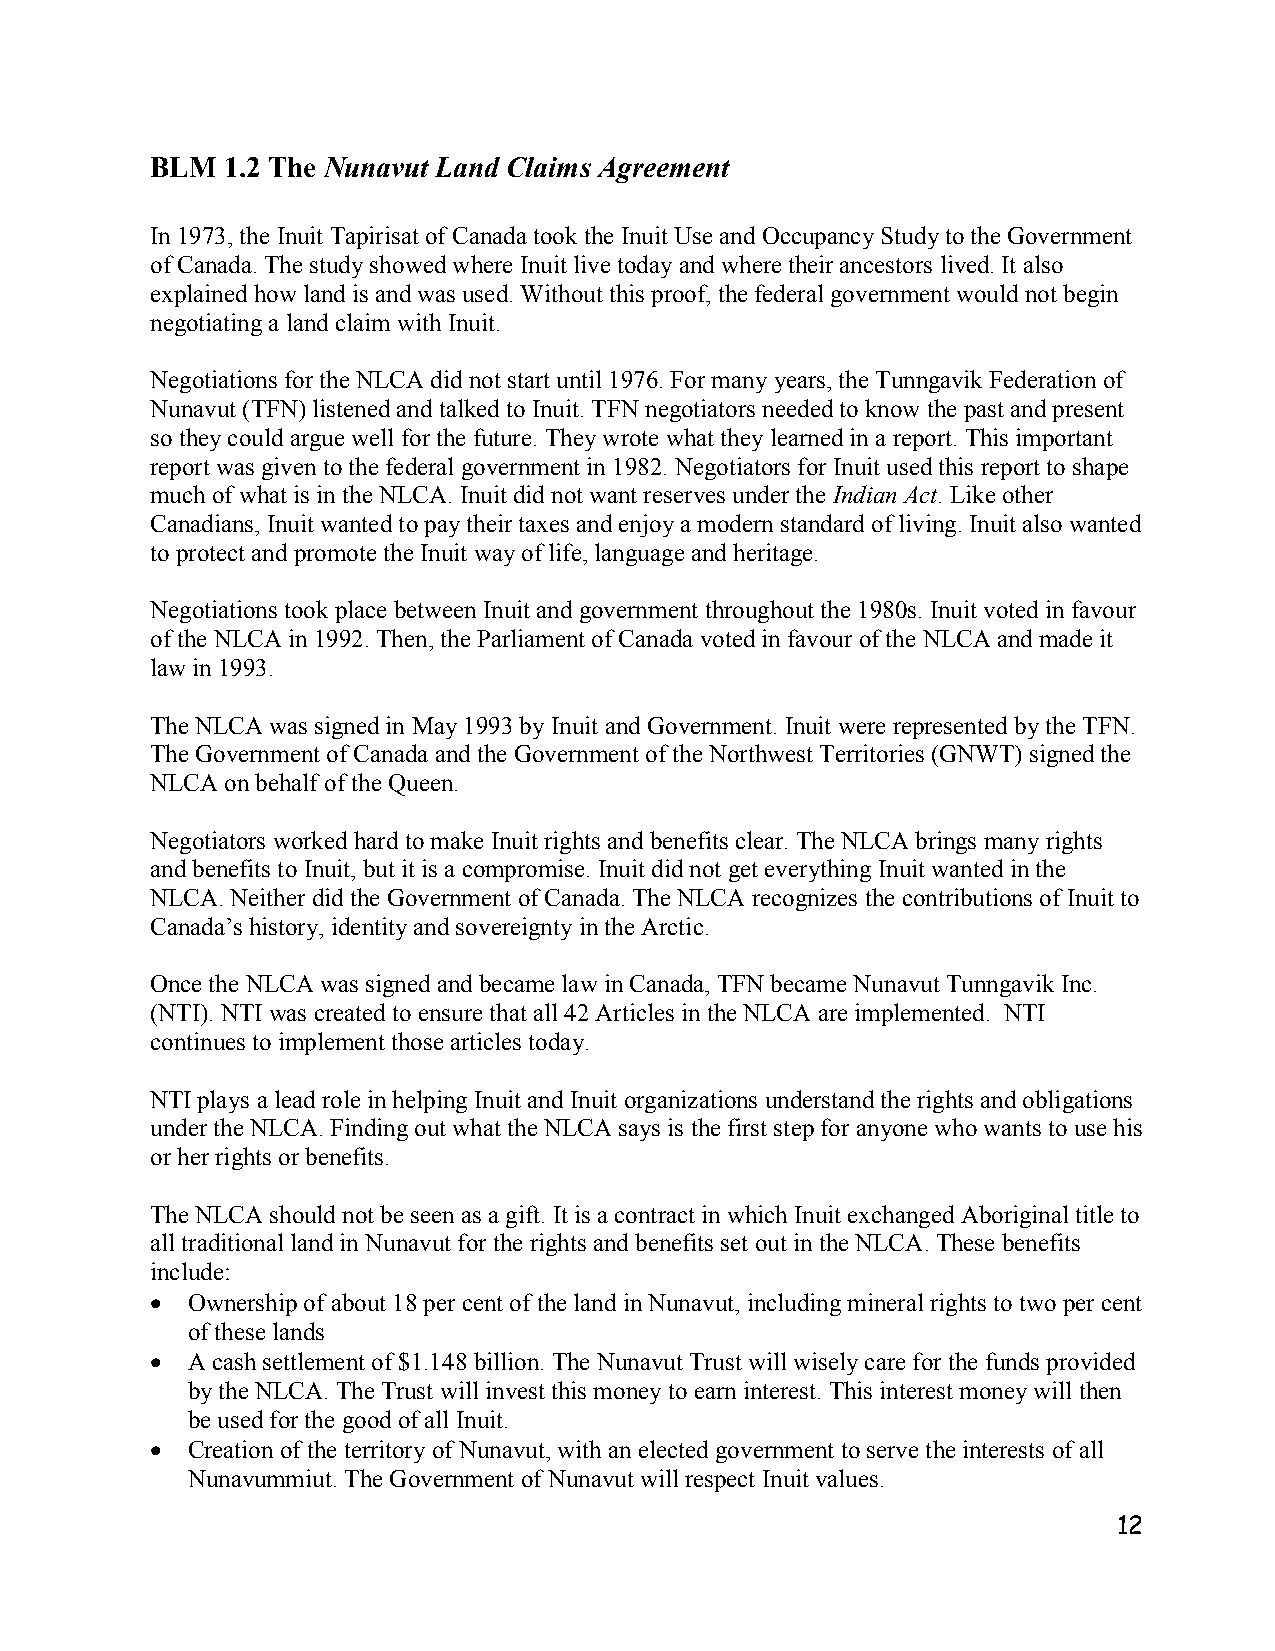
BLM  1.2 The Nunavut Land Claims Agreement
 In 1973, the Inuit Tapirisat of Canada took the Inuit Use and Occupancy Study to the Government
 of Canada. The study showed where Inuit live today and where their ancestors lived. It also
 explained how land is and was used. Without this proof, the federal government would not begin
 negotiating a land claim with Inuit.
 Negotiations for the NLCA did not start until 1976. For many years, the Tunngavik Federation of
 Nunavut (TFN) listened and talked to Inuit. TFN negotiators needed to know the past and present
 so they could argue well for the future. They wrote what they learned in a report. This important
 report was given to the federal government in 1982. Negotiators for Inuit used this report to shape
 much of what is in the NLCA. Inuit did not want reserves under the Indian Act. Like other
 Canadians, Inuit wanted to pay their taxes and enjoy a modern standard of living. Inuit also wanted
 to protect and promote the Inuit way of life, language and heritage.
 Negotiations took place between Inuit and government throughout the 1980s. Inuit voted in favour
 of the NLCA in 1992. Then, the Parliament of Canada voted in favour of the NLCA and made it
 law in 1993.
 The NLCA was signed in May 1993 by Inuit and Government. Inuit were represented by the TFN.
 The Government of Canada and the Government of the Northwest Territories (GNWT) signed the
 NLCA on behalf of the Queen.
 Negotiators worked hard to make Inuit rights and benefits clear. The NLCA brings many rights
 and benefits to Inuit, but it is a compromise. Inuit did not get everything Inuit wanted in the
 NLCA. Neither did the Government of Canada. The NLCA recognizes the contributions of Inuit to
 Canada’s history, identity and sovereignty in the Arctic.
 Once the NLCA was signed and became law in Canada, TFN became Nunavut Tunngavik Inc.
 (NTI). NTI was created to ensure that all 42 Articles in the NLCA are implemented. NTI
 continues to implement those articles today.
 NTI plays a lead role in helping Inuit and Inuit organizations understand the rights and obligations
 under the NLCA. Finding out what the NLCA says is the first step for anyone who wants to use his
 or her rights or benefits.
 The NLCA should not be seen as a gift. It is a contract in which Inuit exchanged Aboriginal title to
 all traditional land in Nunavut for the rights and benefits set out in the NLCA. These benefits
 include:
  Ownership of about 18 per cent of the land in Nunavut, including mineral rights to two per cent
 of these lands
  A cash settlement of $1.148 billion. The Nunavut Trust will wisely care for the funds provided
 by the NLCA. The Trust will invest this money to earn interest. This interest money will then
 be used for the good of all Inuit.
  Creation of the territory of Nunavut, with an elected government to serve the interests of all
 Nunavummiut. The Government of Nunavut will respect Inuit values.
 12